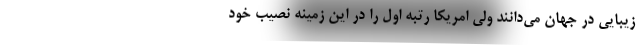
زیبایی در جهان می‌دانند ولی امریکا رتبه اول را در این زمینه نصیب خود